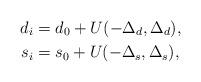
LaTeX: \begin{align*} d_i &= d_0 + U(-\Delta_d,\Delta_d), \\ s_i & = s_0 + U(-\Delta_s,\Delta_s), \end{align*}